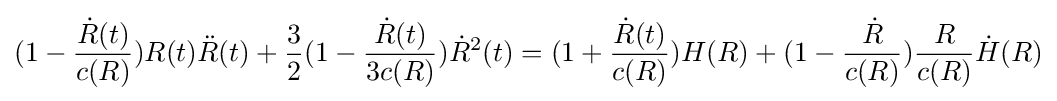
(1-{\frac {{\dot {R}}(t)}{c(R)}})R(t){\ddot {R}}(t)+{\frac {3}{2}}(1-{\frac {{\dot {R}}(t)}{3c(R)}}){\dot {R}}^{2}(t)=(1+{\frac {{\dot {R}}(t)}{c(R)}})H(R)+(1-{\frac {\dot {R}}{c(R)}}){\frac {R}{c(R)}}{\dot {H}}(R)